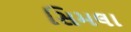
સિમલા